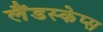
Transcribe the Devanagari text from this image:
लैंडस्केप्स